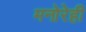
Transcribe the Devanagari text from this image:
मनोरेही